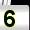
Digit: 5